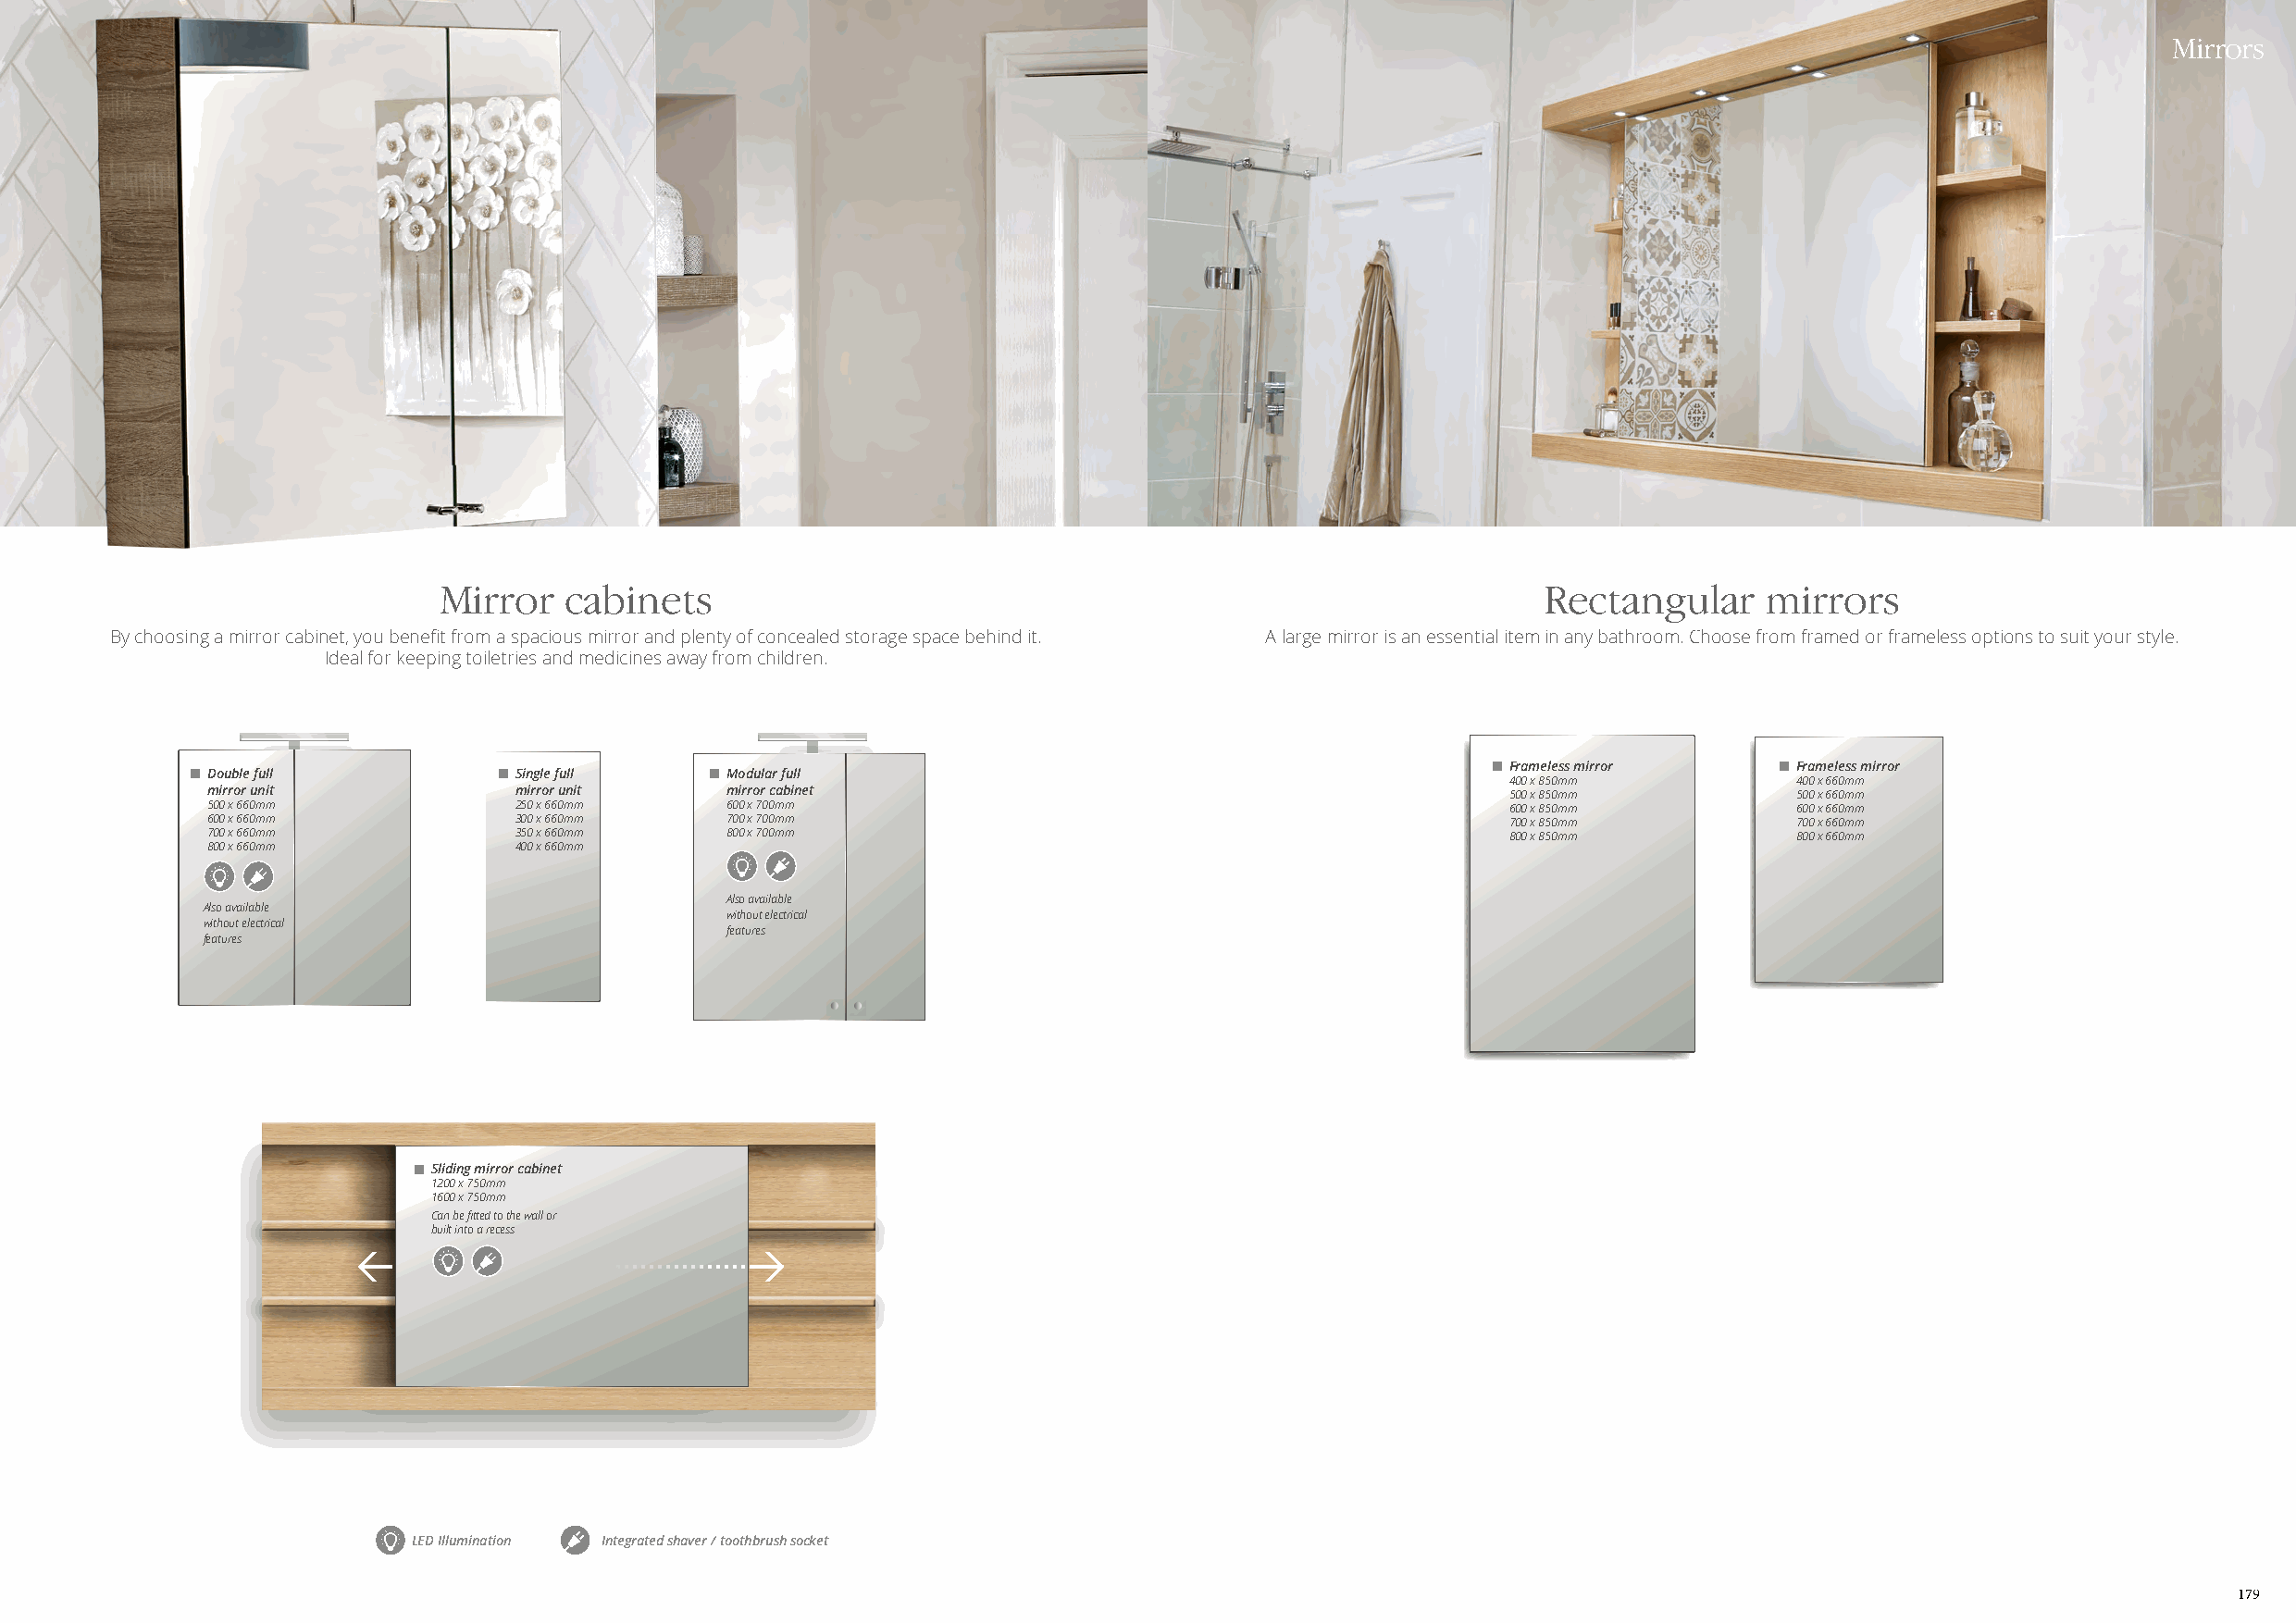
Mirrors
 Mirror   cabinets                                                              Rectangular     mirrors
 By choosing a mirror cabinet, you benefit from a spacious mirror and plenty of concealed storage space behind it. A large mirror is an essential item in any bathroom. Choose from framed or frameless options to suit your style.
 Ideal for keeping toiletries and medicines away from children.
 Frameless mirror    Frameless mirror
 Double full           Single full    Modular full
 400 x 850mm         400 x 660mm
 mirror unit           mirror unit    mirror cabinet                                          500 x 850mm         500 x 660mm
 500 x 660mm           250 x 660mm    600 x 700mm                                             600 x 850mm         600 x 660mm
 600 x 660mm           300 x 660mm    700 x 700mm                                             700 x 850mm         700 x 660mm
 700 x 660mm           350 x 660mm    800 x 700mm                                             800 x 850mm         800 x 660mm
 800 x 660mm           400 x 660mm
 Also available
 Also available
 without electrical
 without electrical
 features
 features
 Sliding mirror cabinet
 1200 x 750mm
 1600 x 750mm
 Can be fitted to the wall or
 built into a recess.
 LED Illumination Integrated shaver / toothbrush socket
 179